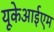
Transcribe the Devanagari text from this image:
यूकेआईएम